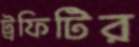
ট্রফিটির